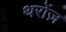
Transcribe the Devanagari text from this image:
थरोंज़